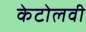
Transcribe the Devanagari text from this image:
केटोलवी